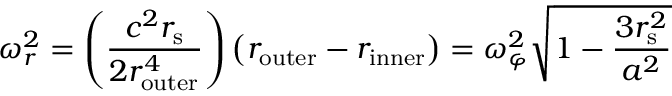
\omega _ { r } ^ { 2 } = \left( { \frac { c ^ { 2 } r _ { \mathrm { { s } } } } { 2 r _ { \mathrm { o u t e r } } ^ { 4 } } } \right) \left( r _ { \mathrm { o u t e r } } - r _ { \mathrm { i n n e r } } \right) = \omega _ { \varphi } ^ { 2 } { \sqrt { 1 - { \frac { 3 r _ { \mathrm { { s } } } ^ { 2 } } { a ^ { 2 } } } } }